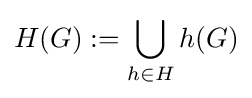
H(G):=\bigcup _{h\in H}h(G)